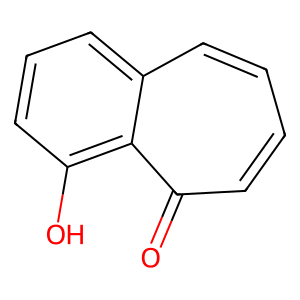
SMILES: O=c1ccccc2cccc(O)c12
Inhibits HIV replication: No